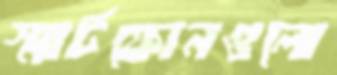
স্মার্টফোনগুলো